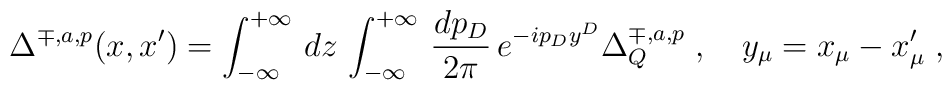
\Delta^{\mp, a,p} (x,x') = \int^{+\infty}_{-\infty} \,      dz\, \int^{+\infty}_{-\infty}\,        \frac{dp_D}{2\pi} \, e^{-ip_D y^D}\Delta_Q^{\mp,a,p}    \; ,\quad      y_\mu = x_\mu - x'_\mu\;,